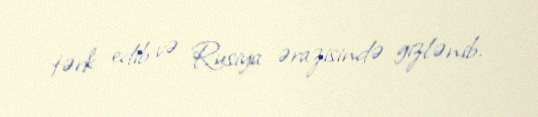
tərk edib və Rusiya ərazisində gizlənib.